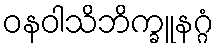
ဝနဝါသိဘိက္ခူနဂ္ဂံ